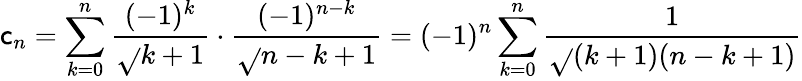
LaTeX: \mathsf{c}_{n}=\sum_{k=0}^{n}{\frac{{(-1)^{k}}}{{\sqrt{}{{k+1}}}}}\cdot{\frac{{(-1)^{n-k}}}{{\sqrt{}{{n-k+1}}}}}=(-1)^{n}\sum_{k=0}^{n}{\frac{{1}}{{\sqrt{}{{(k+1)(n-k+1)}}}}}